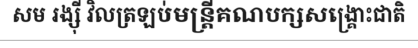
សម រង្ស៊ី វិលត្រឡប់មន្ត្រីគណបក្សសង្គ្រោះជាតិ